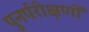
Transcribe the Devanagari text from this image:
पुनर्परीक्षणों